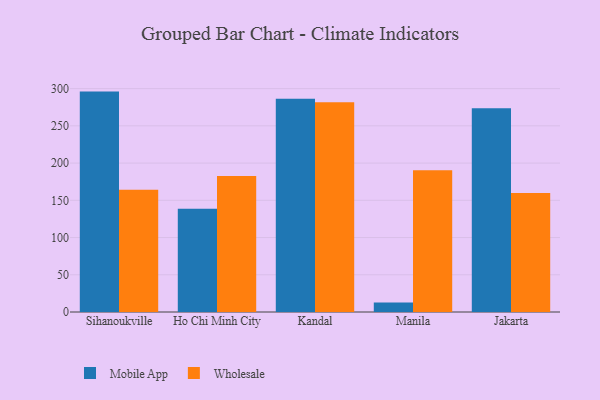
{"axis": {"x": "City", "y": "Satisfaction Score"}, "legend": ["Mobile App", "Wholesale"], "data": [{"x": "Sihanoukville", "y": 296.0, "type": "Mobile App"}, {"x": "Sihanoukville", "y": 164.2, "type": "Wholesale"}, {"x": "Ho Chi Minh City", "y": 138.5, "type": "Mobile App"}, {"x": "Ho Chi Minh City", "y": 182.7, "type": "Wholesale"}, {"x": "Kandal", "y": 286.4, "type": "Mobile App"}, {"x": "Kandal", "y": 281.7, "type": "Wholesale"}, {"x": "Manila", "y": 12.6, "type": "Mobile App"}, {"x": "Manila", "y": 190.4, "type": "Wholesale"}, {"x": "Jakarta", "y": 273.5, "type": "Mobile App"}, {"x": "Jakarta", "y": 159.7, "type": "Wholesale"}]}